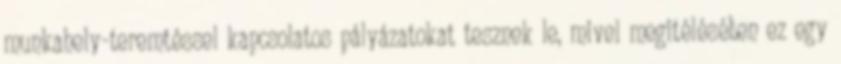
munkahely-teremtéssel kapcsolatos pályázatokat tesznek le, mivel megitélésében ez egy